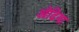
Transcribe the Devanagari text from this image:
ओढिया